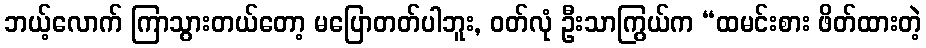
ဘယ့်လောက် ကြာသွားတယ်တော့ မပြောတတ်ပါဘူး, ဝတ်လုံ ဦးသာကြွယ်က “ထမင်းစား ဖိတ်ထားတဲ့